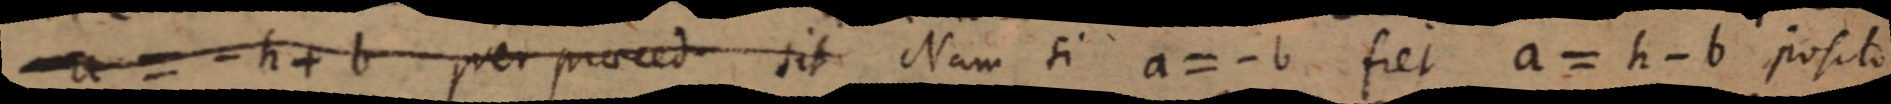
a = - h + b per praeced sit Nam si a = - b fiet a = h - b posito